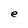
Character: e